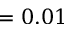
= 0 . 0 1